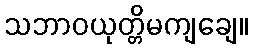
သဘာဝယုတ္တိမကျချေ။